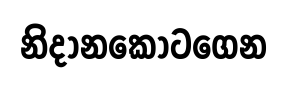
නිදානකොටගෙන